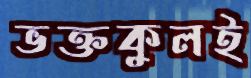
ভক্তকুলই